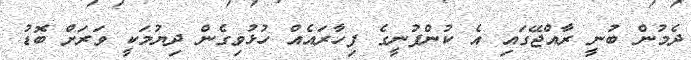
ދެމުން ބުނީ ރާއްޖޭގައި އެ ކުންފުނީގެ ފިހާރައެއް ހުޅުވިގެން ދިޔުމަކީ ވަރަށް ބޮޑު